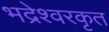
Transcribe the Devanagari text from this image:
भद्रेश्वरकृत